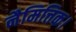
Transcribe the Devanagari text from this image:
नैमित्तिक।